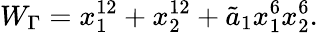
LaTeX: W_{\Gamma}=x_{1}^{12}+x_{2}^{12}+{\tilde{a}_{1}}x_{1}^{6}x_{2}^{6}.